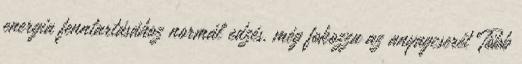
energia fenntartásához normál edzés, még fokozza az anyagcserét Több